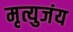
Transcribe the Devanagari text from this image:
मृत्युजंय